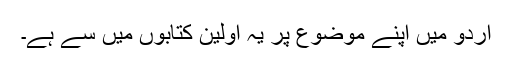
اردو میں اپنے موضوع پر یہ اولین کتابوں میں سے ہے۔